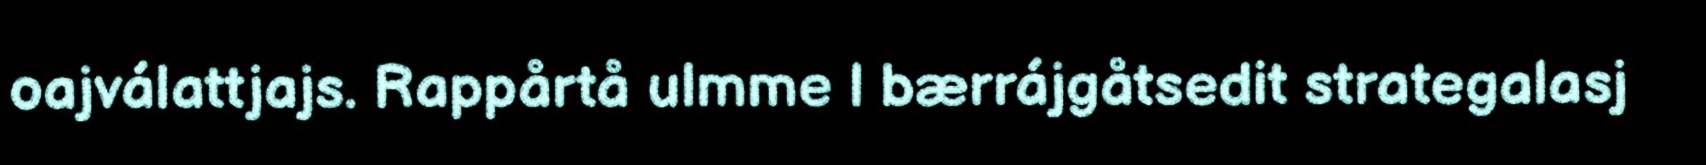
oajválattjajs. Rappårtå ulmme l bærrájgåtsedit strategalasj